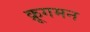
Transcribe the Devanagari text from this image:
क्रूगमन